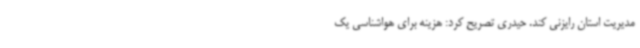
مدیریت استان رایزنی کند. حیدری تصریح کرد: هزینه برای هواشناسی یک